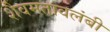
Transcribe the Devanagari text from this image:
शैवमतावलंबी